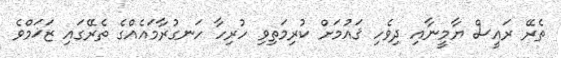
ތެރޭ ރައީސް ޔާމީނާއި ދިވެހި ޤައުމަށް ކުރިމަތިވި ހުރިހާ ހަނގުރާމައެއްގެ ތެރޭގައި ޒަޚަމްވެ